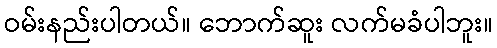
ဝမ်းနည်းပါတယ်။ ဘောက်ဆူး လက်မခံပါဘူး။